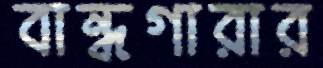
বান্ধগারার